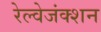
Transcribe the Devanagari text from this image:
रेल्वेजंक्शन